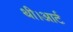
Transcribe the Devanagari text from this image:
थी।आर्ट